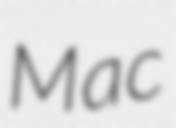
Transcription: Mac